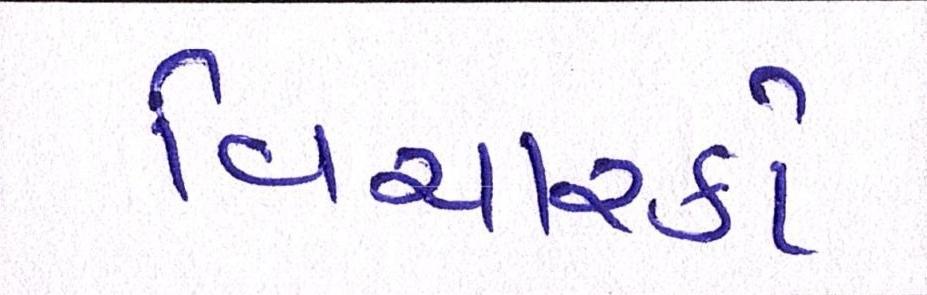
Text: વિચારકો